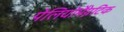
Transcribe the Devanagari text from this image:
पेलियोमैग्नेटिक